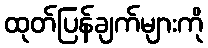
ထုတ်ပြန်ချက်များကို